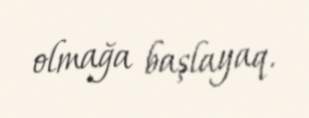
olmağa başlayaq.